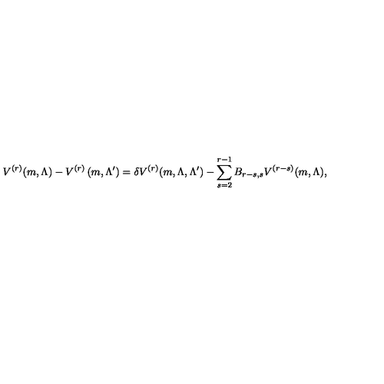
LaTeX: V ^ { ( r ) } ( m , \Lambda ) - V ^ { ( r ) } \left( m , \Lambda ^ { \prime } \right) = { \delta V ^ { ( r ) } ( m , \Lambda , \Lambda ^ { \prime } ) - \sum _ { s = 2 } ^ { r - 1 } B _ { r - s , s } V ^ { ( r - s ) } ( m , \Lambda ) } ,